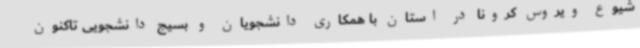
شیوع ویروس کرونا در استان با همکاری دانشجویان و بسیج دانشجویی تاکنون